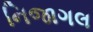
નિજાગલ